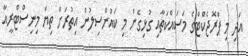
އަދި މި ޕްރޮޖެކްޓްގެ މަސައްކަތާއި ގުޅިގެން މި ކައުންސިލުން އިތުރަށް ތިޔަ މިނިސްޓްރީއާ